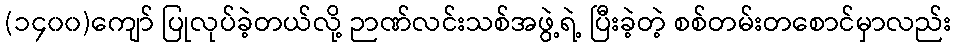
(၁၄၀၀)ကျော် ပြုလုပ်ခဲ့တယ်လို့ ဉာဏ်လင်းသစ်အဖွဲ့ရဲ့ ပြီးခဲ့တဲ့ စစ်တမ်းတစောင်မှာလည်း